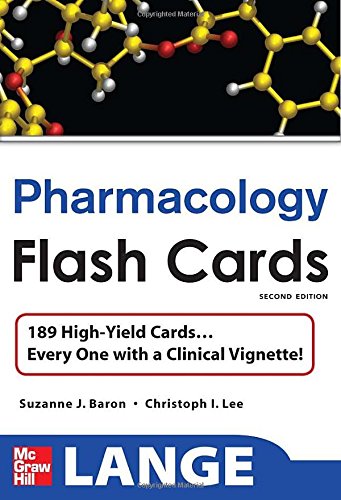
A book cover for Lange Pharmacology Flash Cards; Suzanne Baron; Medical Books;